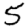
Digit: 5